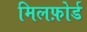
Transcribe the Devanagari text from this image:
मिलफ़ोर्ड